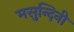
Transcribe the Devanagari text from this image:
मसुन्दिनी